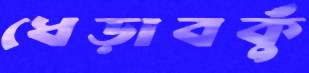
ধেড়াবকুঁ